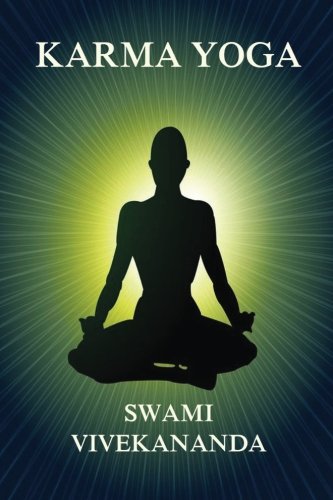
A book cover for Karma Yoga; Swami Vivekananda; Religion & Spirituality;